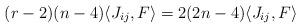
LaTeX: \begin{align*}(r-2)(n-4) \langle J_{ij}, F \rangle = 2(2n-4) \langle J_{ij}, F\rangle\end{align*}